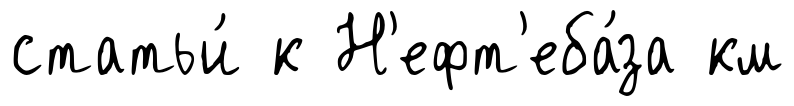
статьи́ к Н'ефт'еба́за км